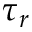
\tau _ { r }